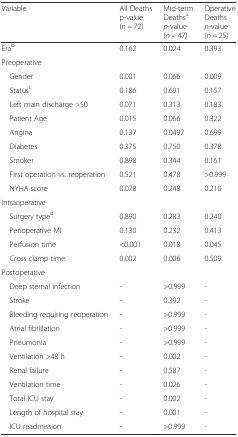
<table><thead><tr><td><b>Variable</b></td><td><b>All Deathsp-value (<i>n =</i> 72)</b></td><td><b>Mid-term Deaths<sup>a</sup><i>p</i>-value (<i>n =</i> 47)</b></td><td><b>Operative Deaths<i>p</i>-value (<i>n =</i> 25)</b></td></tr></thead><tbody><tr><td>Era<sup>b</sup></td><td>0.162</td><td>0.024</td><td>0.393</td></tr><tr><td>Preoperative</td><td></td><td></td><td></td></tr><tr><td> Gender</td><td>0.001</td><td>0.066</td><td>0.009</td></tr><tr><td> Status<sup>c</sup></td><td>0.186</td><td>0.691</td><td>0.157</td></tr><tr><td> Left main discharge &gt;50</td><td>0.071</td><td>0.313</td><td>0.183</td></tr><tr><td> Patient Age</td><td>0.015</td><td>0.066</td><td>0.322</td></tr><tr><td> Angina</td><td>0.137</td><td>0.0497</td><td>0.699</td></tr><tr><td> Diabetes</td><td>0.375</td><td>0.750</td><td>0.378</td></tr><tr><td> Smoker</td><td>0.898</td><td>0.344</td><td>0.161</td></tr><tr><td> First operation vs. reoperation</td><td>0.521</td><td>0.478</td><td>&gt;0.999</td></tr><tr><td> NYHA score</td><td>0.078</td><td>0.248</td><td>0.210</td></tr><tr><td>Intraoperative</td><td></td><td></td><td></td></tr><tr><td> Surgery type<sup>d</sup></td><td>0.890</td><td>0.283</td><td>0.240</td></tr><tr><td> Perioperative MI</td><td>0.130</td><td>0.232</td><td>0.413</td></tr><tr><td> Perfusion time</td><td>&lt;0.001</td><td>0.018</td><td>0.045</td></tr><tr><td> Cross clamp time</td><td>0.002</td><td>0.006</td><td>0.509</td></tr><tr><td>Postoperative</td><td></td><td></td><td></td></tr><tr><td> Deep sternal infection</td><td>-</td><td>&gt;0.999</td><td>-</td></tr><tr><td> Stroke</td><td>-</td><td>0.392</td><td>-</td></tr><tr><td> Bleeding requiring reoperation</td><td>-</td><td>&gt;0.999</td><td>-</td></tr><tr><td> Atrial fibrillation</td><td>-</td><td>&gt;0.999</td><td>-</td></tr><tr><td> Pneumonia</td><td>-</td><td>&gt;0.999</td><td>-</td></tr><tr><td> Ventilation &gt;48 h</td><td>-</td><td>0.002</td><td>-</td></tr><tr><td> Renal failure</td><td>-</td><td>0.587</td><td>-</td></tr><tr><td> Ventilation time</td><td>-</td><td>0.026</td><td>-</td></tr><tr><td> Total ICU stay</td><td>-</td><td>0.002</td><td>-</td></tr><tr><td> Length of hospital stay</td><td>-</td><td>0.001</td><td>-</td></tr><tr><td> ICU readmission</td><td>-</td><td>&gt;0.999</td><td>-</td></tr></tbody></table>